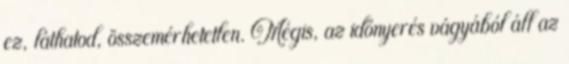
ez, láthatod, összemérhetetlen. Mégis, az időnyerés vágyából áll az